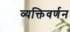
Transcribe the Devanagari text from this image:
व्यक्तिवर्णन